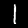
Digit: 1